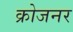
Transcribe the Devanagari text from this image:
क्रोजनर